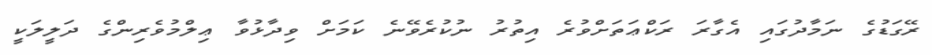
ރޭގަޑުގެ ނަމާދުގައި އެގާރަ ރަކްޢަތަށްވުރެ އިތުރު ނުކުރެވޭނެ ކަމަށް ވިދާޅުވާ ޢިލްމުވެރިންގެ ދަލީލަކީ